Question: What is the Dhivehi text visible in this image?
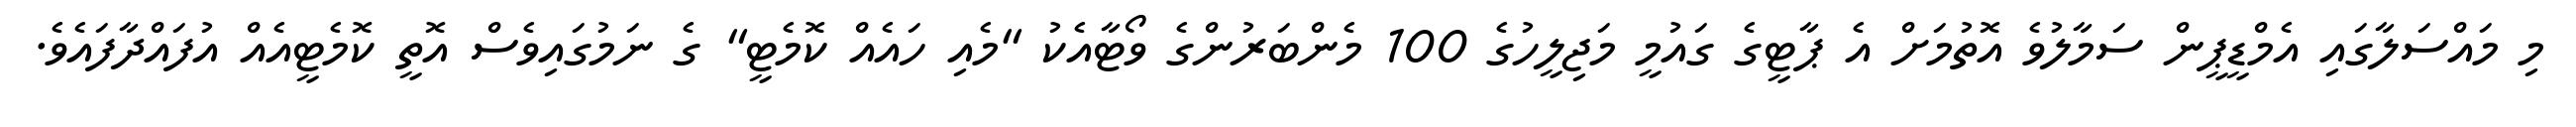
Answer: މި މައްސަލާގައި އެމްޑީޕީން ސަމާލުވެ އޮތުމަށް އެ ޕާޓީގެ ގައުމީ މަޖިލީހުގެ 100 މެންބަރުންގެ ވޯޓާއެކު "މެއި ހައެއް ކޮމެޓީ" ގެ ނަމުގައިވެސް އޮތީ ކޮމެޓީއެއް އުފައްދާފައެވެ.